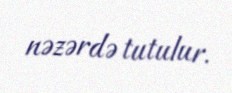
nəzərdə tutulur.